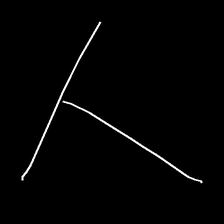
Glyph: column